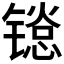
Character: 𬭱